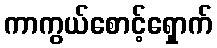
ကာကွယ်စောင့်ရှောက်